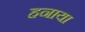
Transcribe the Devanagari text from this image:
हनाया